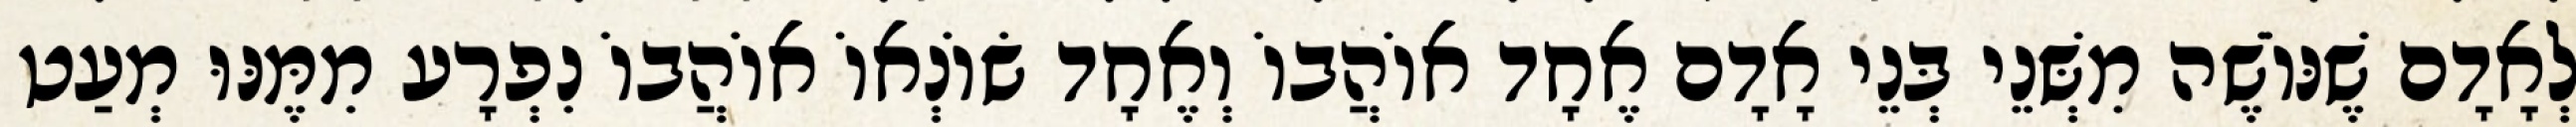
לְאָדָם שֶׁנּוֹשֶׁה מִשְּׁנֵי בְּנֵי אָדָם אֶחָד אוֹהֲבוֹ וְאֶחָד שׂוֹנְאוֹ אוֹהֲבוֹ נִפְרָע מִמֶּנּוּ מְעַט